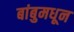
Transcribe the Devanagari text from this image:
बांबुमधून